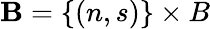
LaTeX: \mathbf{B}=\{ (n,s)\} \times B